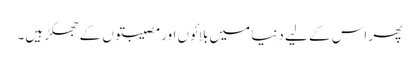
پھر اس کے لیے دنیا میں بلائوں اور مصیبتوں کے جھکڑ ہیں۔